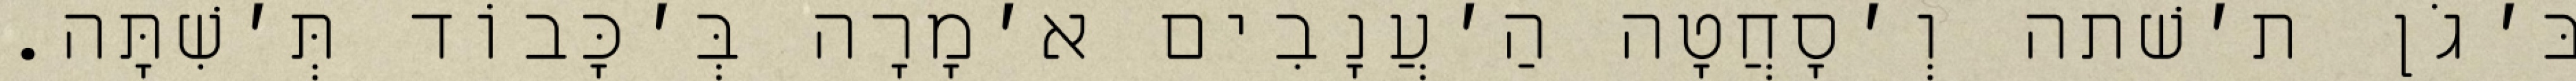
בּ׳גֹן ת׳שׁתה וְ׳סָחֲטָה הַ׳עֲנָבִים א׳מָרָה בְּ׳כָּבוֹד תְּ׳שִׁתָּה.